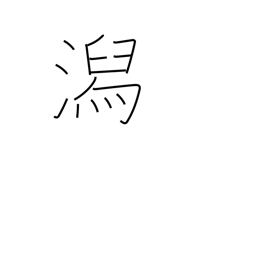
Meaning: lagoon